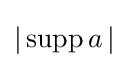
|\operatorname {supp} a\,|